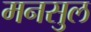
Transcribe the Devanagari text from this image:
मनसुल